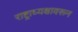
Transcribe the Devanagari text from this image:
राष्ट्राध्यक्षावरून